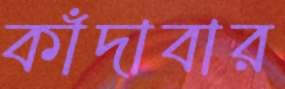
কাঁদাবার